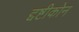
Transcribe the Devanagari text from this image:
द्दष्टीकोन